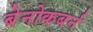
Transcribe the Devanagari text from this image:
बेनोकबर्न